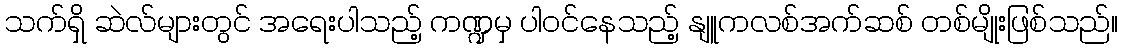
သက်ရှိ ဆဲလ်များတွင် အရေးပါသည့် ကဏ္ဍမှ ပါဝင်နေသည့် နျူကလစ်အက်ဆစ် တစ်မျိုးဖြစ်သည်။